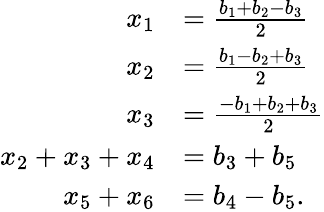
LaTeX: \begin{array}{rl}{x_{1}}&{=\frac{b_{1}+b_{2}-b_{3}}{2}}\\ {x_{2}}&{=\frac{b_{1}-b_{2}+b_{3}}{2}}\\ {x_{3}}&{=\frac{-b_{1}+b_{2}+b_{3}}{2}}\\ {x_{2}+x_{3}+x_{4}}&{=b_{3}+b_{5}}\\ {x_{5}+x_{6}}&{=b_{4}-b_{5}.}\end{array}